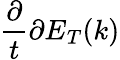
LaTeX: \frac{\partial}{t}{\partial E}_{T}(k)